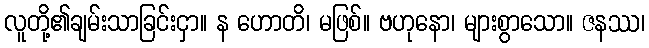
လူတို့၏ချမ်းသာခြင်းငှာ။ န ဟောတိ၊ မဖြစ်။ ဗဟုနော၊ များစွာသော။ ဇနဿ၊